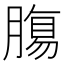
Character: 𮌷